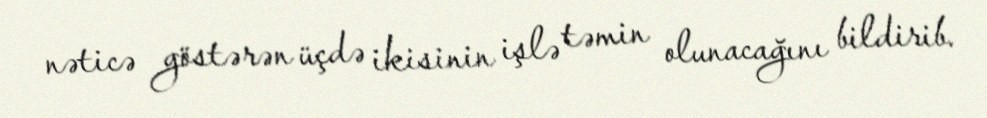
nəticə göstərən üçdə ikisinin işlə təmin olunacağını bildirib.